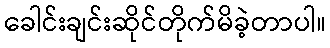
ခေါင်းချင်းဆိုင်တိုက်မိခဲ့တာပါ။